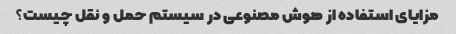
مزایای استفاده از هوش مصنوعی در سیستم حمل و نقل چیست؟